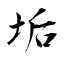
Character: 垢